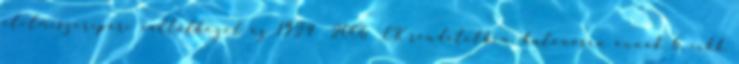
élelmiszeripari vállalkozót az 1924 2006 EK rendeletben, különösen annak 6. cikk